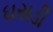
ઘસડી